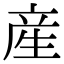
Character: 産